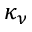
\kappa _ { \nu }